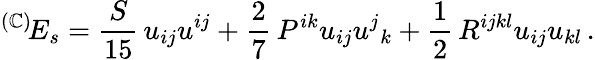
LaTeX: ^{(\mathbb{C})}\! E_{s}=\frac{{S}}{{15}}\, u_{ij}u^{ij}+\frac{2}{7}\, P^{ik}u_{ij}u^{j}{}_{k}+\frac{1}{2}\, R^{ijkl}u_{ij}u_{kl}\, .